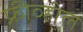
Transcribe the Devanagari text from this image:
फ्रीव्हील